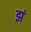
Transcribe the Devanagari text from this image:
झं